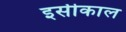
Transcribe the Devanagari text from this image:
इसीकाल